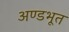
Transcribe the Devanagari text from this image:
अण्डभूत